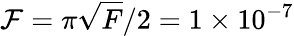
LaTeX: \mathcal{F}=\pi\sqrt{F}/2=1\times 10^{-7}